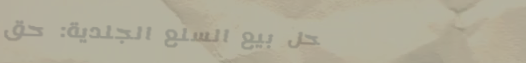
محل بيع السلع الجلدية: حق